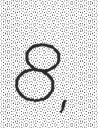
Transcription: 8,